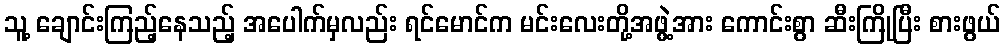
သူ့ ချောင်းကြည့်နေသည့် အပေါက်မှလည်း ရင်မောင်က မင်းလေးတို့အဖွဲ့အား ကောင်းစွာ ဆီးကြိုပြီး စားဖွယ်